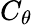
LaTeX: C_{\theta}